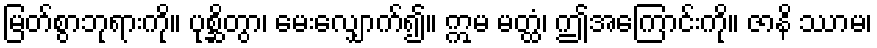
မြတ်စွာဘုရားကို။ ပုစ္ဆိတွာ၊ မေးလျှောက်၍။ ဣမ မတ္ထံ၊ ဤအကြောင်းကို။ ဇာနိ ဿာမ၊